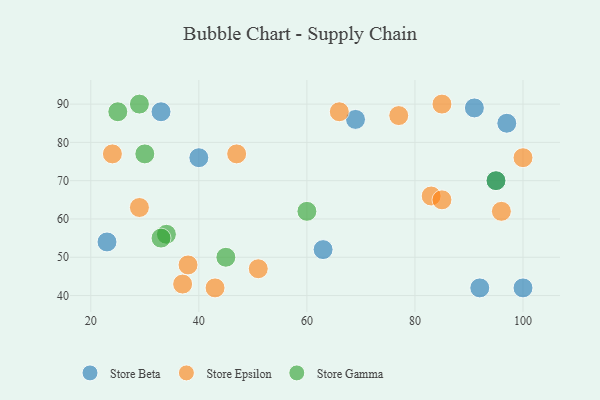
{"axis": {"x": "GDP", "y": "Life Expectancy"}, "legend": ["Store Beta", "Store Epsilon", "Store Gamma"], "data": [{"x": "100", "y": 42, "type": "Store Beta"}, {"x": "40", "y": 76, "type": "Store Beta"}, {"x": "63", "y": 52, "type": "Store Beta"}, {"x": "69", "y": 86, "type": "Store Beta"}, {"x": "33", "y": 88, "type": "Store Beta"}, {"x": "91", "y": 89, "type": "Store Beta"}, {"x": "95", "y": 70, "type": "Store Beta"}, {"x": "97", "y": 85, "type": "Store Beta"}, {"x": "92", "y": 42, "type": "Store Beta"}, {"x": "23", "y": 54, "type": "Store Beta"}, {"x": "77", "y": 87, "type": "Store Epsilon"}, {"x": "43", "y": 42, "type": "Store Epsilon"}, {"x": "83", "y": 66, "type": "Store Epsilon"}, {"x": "37", "y": 43, "type": "Store Epsilon"}, {"x": "38", "y": 48, "type": "Store Epsilon"}, {"x": "47", "y": 77, "type": "Store Epsilon"}, {"x": "85", "y": 65, "type": "Store Epsilon"}, {"x": "51", "y": 47, "type": "Store Epsilon"}, {"x": "29", "y": 63, "type": "Store Epsilon"}, {"x": "66", "y": 88, "type": "Store Epsilon"}, {"x": "96", "y": 62, "type": "Store Epsilon"}, {"x": "100", "y": 76, "type": "Store Epsilon"}, {"x": "24", "y": 77, "type": "Store Epsilon"}, {"x": "85", "y": 90, "type": "Store Epsilon"}, {"x": "29", "y": 90, "type": "Store Gamma"}, {"x": "30", "y": 77, "type": "Store Gamma"}, {"x": "34", "y": 56, "type": "Store Gamma"}, {"x": "33", "y": 55, "type": "Store Gamma"}, {"x": "95", "y": 70, "type": "Store Gamma"}, {"x": "60", "y": 62, "type": "Store Gamma"}, {"x": "25", "y": 88, "type": "Store Gamma"}, {"x": "45", "y": 50, "type": "Store Gamma"}]}